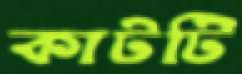
কাটটি